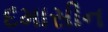
દમાસીન